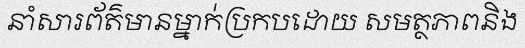
នាំសារព័ត៌មានម្នាក់ប្រកបដោយ សមត្ថភាពនិង